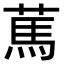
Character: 䔍